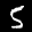
Label: 5